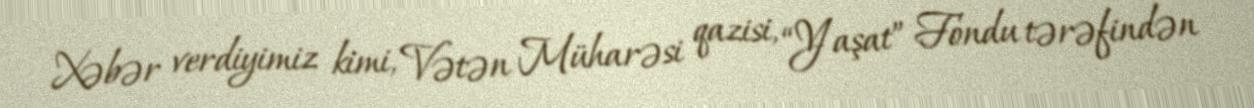
Xəbər verdiyimiz kimi, Vətən Müharəsi qazisi, “Yaşat” Fondu tərəfindən